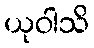
ယုဝါသိ